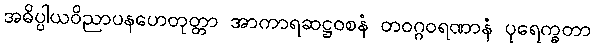
အဓိပ္ပါယဝိညာပနဟေတုတ္တာ အာကာရဆဋ္ဌဝစနံ တဝဂ္ဂဝရဏာနံ ပုရေက္ခတာ